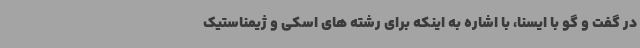
در گفت و گو با ایسنا، با اشاره به اینکه برای رشته های اسکی و ژیمناستیک